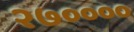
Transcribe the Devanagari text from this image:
२७००००